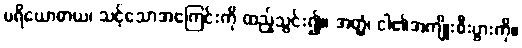
ပရိယောဓာယ၊ သင့်သောအကြေင်းကို ထည့်သွင်း၍။ အတ္ထံ၊ ငါ၏အကျိုးစီးပွားကို။